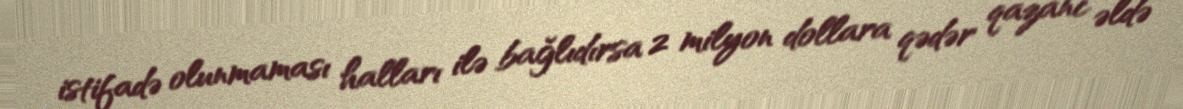
istifadə olunmaması halları ilə bağlıdırsa 2 milyon dollara qədər qazanc əldə